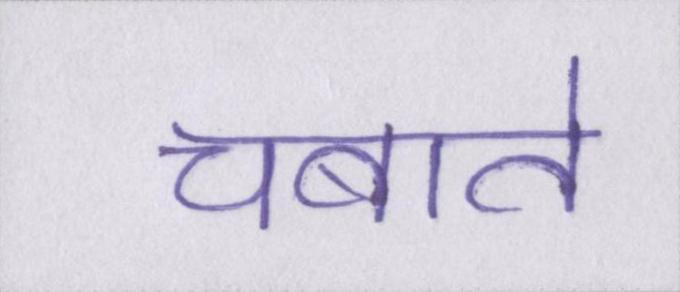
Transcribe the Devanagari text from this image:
चबाते